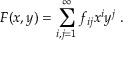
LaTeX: F ( x , y ) = \sum _ { i , j = 1 } ^ { \infty } f _ { i j } x ^ { i } y ^ { j } \ .